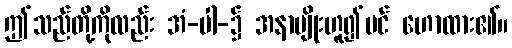
ဤသည်တို့ကိုလည်း အံ-ပါ-၌ အနာမျိုးဟူ၍ပင် ဟောထား၏။